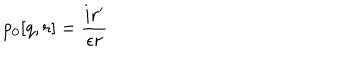
LaTeX: p _ { 0 } [ q , r ] = \frac { i r ^ { \prime } } { \epsilon r }